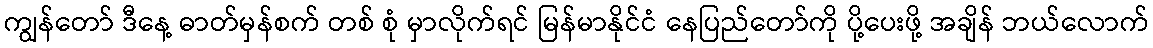
ကျွန်တော် ဒီနေ့ ဓာတ်မှန်စက် တစ် စုံ မှာလိုက်ရင် မြန်မာနိုင်ငံ နေပြည်တော်ကို ပို့ပေးဖို့ အချိန် ဘယ်လောက်